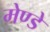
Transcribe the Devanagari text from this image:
मेण्डे